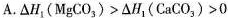
A.$$\Delta H_{1}(MgCO_{3})>\Delta H_{1}(CaCO_{3})>0$$